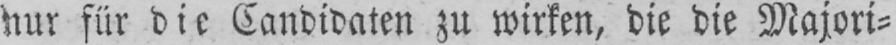
nur für die Candidaten zu wirken, die die Majori⸗